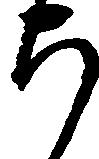
ち